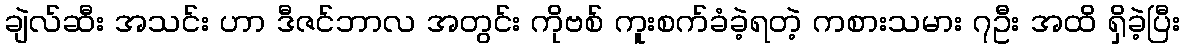
ချဲလ်ဆီး အသင်း ဟာ ဒီဇင်ဘာလ အတွင်း ကိုဗစ် ကူးစက်ခံခဲ့ရတဲ့ ကစားသမား ၇ဦး အထိ ရှိခဲ့ပြီး